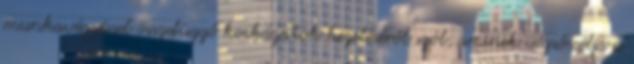
munkavégzéssel összefüggő kockázatok kezeléséről szól, aminek végső célja a